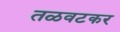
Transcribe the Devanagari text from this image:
तळवटकर